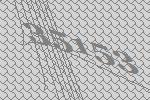
35153